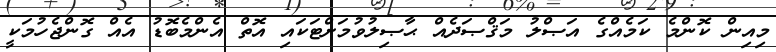
މިއިން ކޮންމެ ކަމެއްގެ އަޞްލު މަޤްޞަދެއް ޙާޞިލުވުމަށްޓަކައި އޮތް އެންމެބޮޑު އެއް ގޮންޖެހުމަކީ